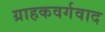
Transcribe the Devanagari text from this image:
ग्राहकवर्गवाद